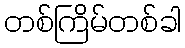
တစ်ကြိမ်တစ်ခါ